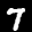
Digit: 7